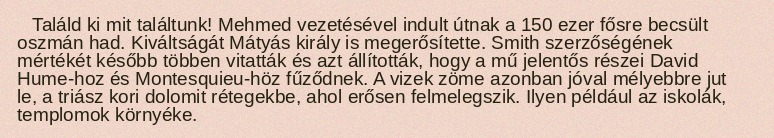
Találd ki mit találtunk! Mehmed vezetésével indult útnak a 150 ezer fősre becsült oszmán had. Kiváltságát Mátyás király is megerősítette. Smith szerzőségének mértékét később többen vitatták és azt állították, hogy a mű jelentős részei David Hume-hoz és Montesquieu-höz fűződnek. A vizek zöme azonban jóval mélyebbre jut le, a triász kori dolomit rétegekbe, ahol erősen felmelegszik. Ilyen például az iskolák, templomok környéke.